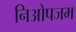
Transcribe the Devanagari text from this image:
निओपजम